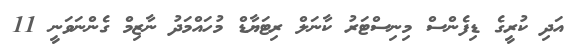
އަދި ކުރީގެ ޑިފެންސް މިނިސްޓަރު ކާނަލް ރިޓަޔާޑް މުހައްމަދު ނާޒިމް ގެންނަވަނީ 11